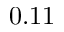
0 . 1 1